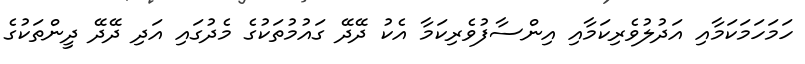
ހަމަހަމަކަމާއި އަދުލުވެރިކަމާއި އިންސާފުވެރިކަމާ އެކު ދޭދޭ ގައުމުތަކުގެ މެދުގައި އަދި ދޭދޭ ދީންތަކުގެ